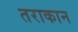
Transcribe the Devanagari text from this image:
तराकान